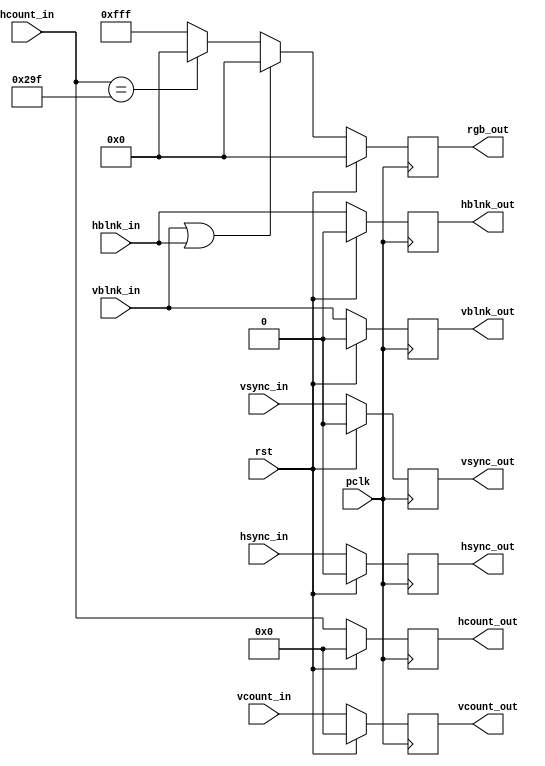
module draw_background(
    input wire [10:0] vcount_in,
    input wire vsync_in,
    input wire vblnk_in,
    input wire [10:0] hcount_in,
    input wire hsync_in,
    input wire hblnk_in,
    input wire pclk,
    input wire rst,
    
    output reg [10:0] hcount_out,
    output reg hsync_out,
    output reg hblnk_out,
    output reg [10:0] vcount_out,
    output reg vsync_out,
    output reg vblnk_out,  
    output reg [11:0] rgb_out
    );
    
localparam WIDTH = 128;

reg [11:0] rgb_new;

always @(posedge pclk) begin
    if(rst) begin
        hcount_out  <= 0;
        hsync_out   <= 0;
        hblnk_out   <= 0; 
        vcount_out  <= 0;
        vsync_out   <= 0;
        vblnk_out   <= 0;
        rgb_out     <= 0;
    end
    else begin        
        hcount_out  <= hcount_in;
        hsync_out   <= hsync_in;
        hblnk_out   <=  hblnk_in; 
        vcount_out  <=  vcount_in;
        vsync_out   <= vsync_in;
        vblnk_out   <= vblnk_in;
        rgb_out     <=  rgb_new;
     end
end
    
always @* begin
        // During blanking, make it it black.
    if (vblnk_in || hblnk_in) rgb_new <= 12'h0_0_0; 
    else if (hcount_in == 799 - WIDTH ) rgb_new <= 12'h0_0_0;
    else rgb_new <= 12'hf_f_f;   
   
end

endmodule